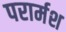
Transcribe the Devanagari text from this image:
परार्मश